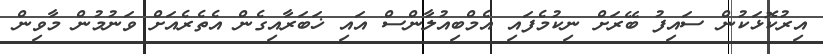
އިރުކޮޅަކުން ސައިފު ބޭރަށް ނިކުމެފައި އެމްބިއުލާންސް އައި ޚަބަރާއިގެން އެތެރެއަށް ވަނުމުން މާވިން